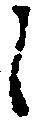
候